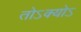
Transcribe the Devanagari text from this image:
तोऽक्योऽ